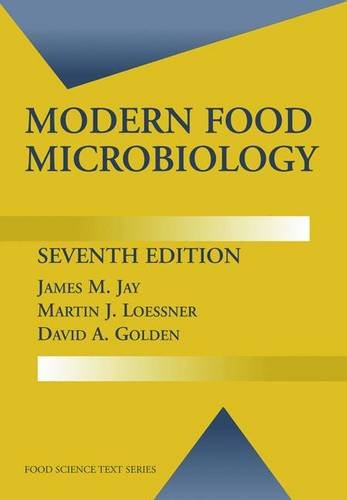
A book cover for Modern Food Microbiology (Food Science Text Series); James M. Jay; Science & Math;